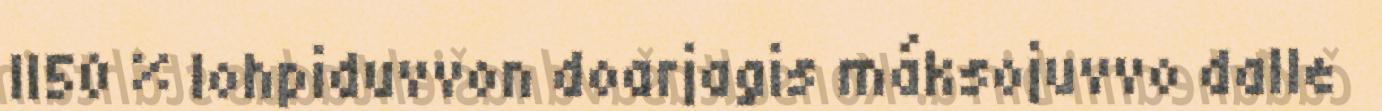
II50 % lohpiduvvon doarjagis máksojuvvo dalle